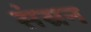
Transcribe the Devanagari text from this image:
संस्रन